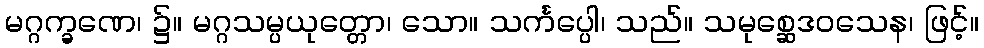
မဂ္ဂက္ခဏေ၊ ၌။ မဂ္ဂသမ္ပယုတ္တော၊ သော။ သင်္ကပ္ပေါ၊ သည်။ သမုစ္ဆေဒဝသေန၊ ဖြင့်။